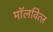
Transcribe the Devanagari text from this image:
मॉलवित्ज़